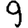
Digit: 9